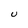
Character: U